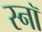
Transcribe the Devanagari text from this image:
स्नॉ